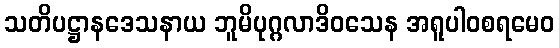
သတိပဋ္ဌာနဒေသနာယ ဘူမိပုဂ္ဂလာဒိဝသေန အရူပါဝစရမေဝ